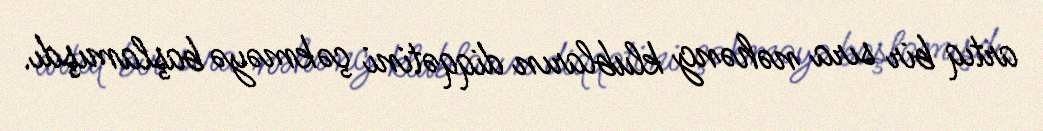
artıq bir sıra nəhəng klubların diqqətini çəkməyə başlamışdı.